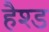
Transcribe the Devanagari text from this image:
हैश्ड